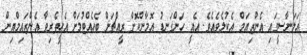
އަލަނާސީގައި އެންޒިއަމް އެކުލެވެއެވެ. އެއީ ހަންގަނޑު އޮމާންކޮށް ރީއްޗަށް ބެހެއްޓުމަށް އެހީތެރިވާ އެންޒައިމްއިން